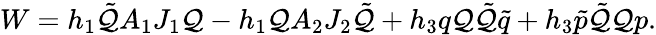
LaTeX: W=h_{1}\tilde{\cal Q}A_{1}J_{1}{\cal Q}-h_{1}{\cal Q}A_{2}J_{2}\tilde{\cal Q}+h_{3}q{\cal Q}\tilde{\cal Q}\tilde{q}+h_{3}\tilde{p}\tilde{\cal Q}{\cal Q}p.